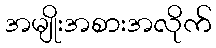
အမျိုးအစားအလိုက်